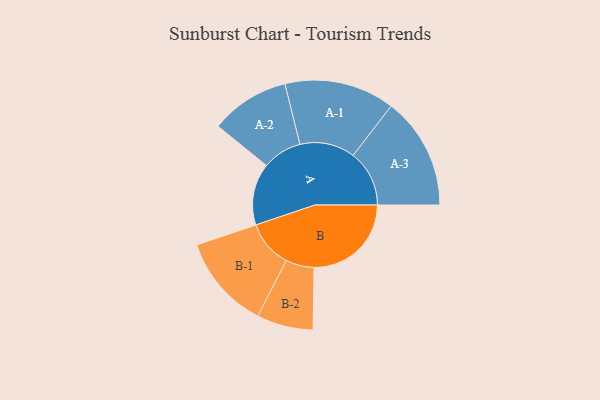
{"axis": {"x": "Segment", "y": "Value"}, "legend": ["", "A", "B"], "data": [{"x": "A", "y": 317, "type": ""}, {"x": "B", "y": 499, "type": ""}, {"x": "A-1", "y": 283, "type": "A"}, {"x": "A-2", "y": 203, "type": "A"}, {"x": "A-3", "y": 288, "type": "A"}, {"x": "B-1", "y": 242, "type": "B"}, {"x": "B-2", "y": 145, "type": "B"}]}